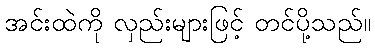
အင်းထဲကို လှည်းများဖြင့် တင်ပို့သည်။